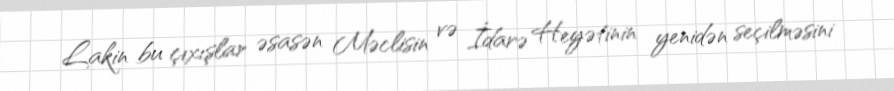
Lakin bu çıxışlar əsasən Məclisin və İdarə Heyətinin yenidən seçilməsini